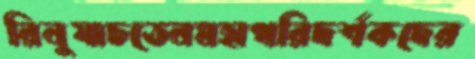
রিনুযাচতেনমহাপরিদর্শকদের